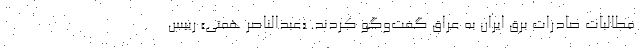
مطالبات صادرات برق ایران به عراق گفت‌وگو کردند. «عبدالناصر همتی» رییس